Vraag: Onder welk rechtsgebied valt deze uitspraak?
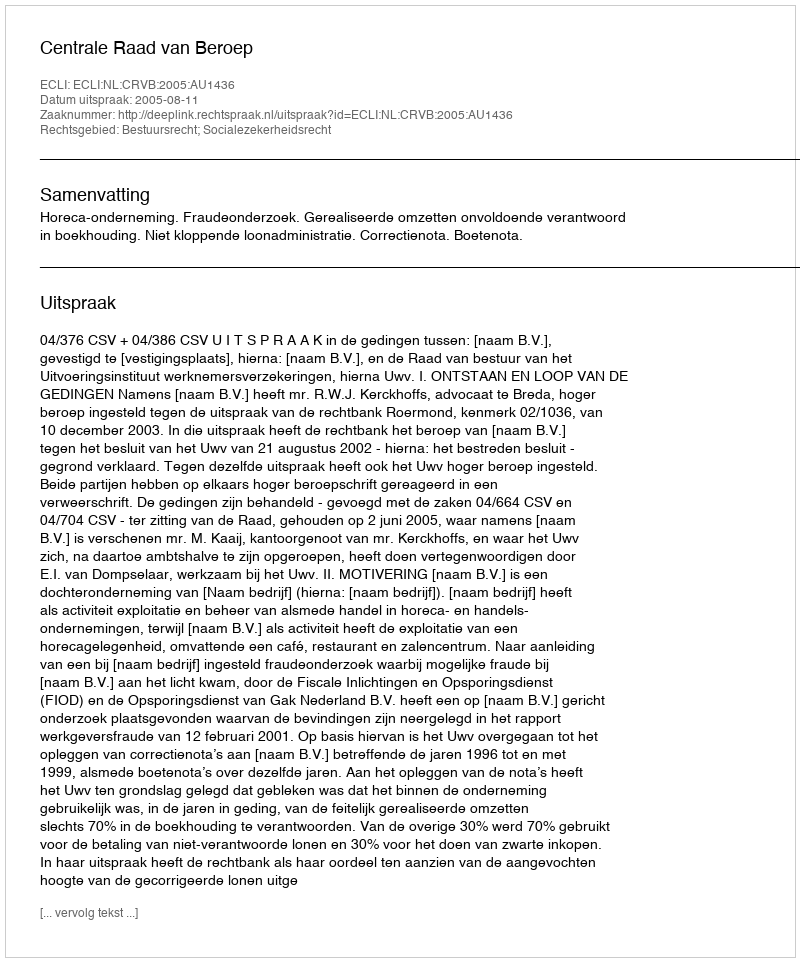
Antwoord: Bestuursrecht; Socialezekerheidsrecht